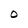
Character: O